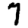
Digit: 7